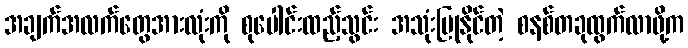
အချက်အလက်တွေအားလုံးကို စုပေါင်းထည့်သွင်း အသုံးပြုနိုင်တဲ့ စနစ်တခုထွက်လာဖို့က